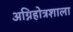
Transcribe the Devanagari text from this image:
अग्निहोत्रशाला